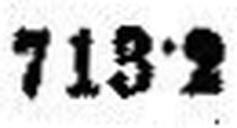
713·2